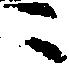
ニ